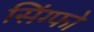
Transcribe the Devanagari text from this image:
सिंग्फो